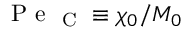
\mathrm { ~ P ~ e ~ } _ { \mathrm { ~ C ~ } } \equiv \chi _ { 0 } / M _ { 0 }